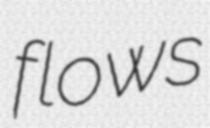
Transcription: flows